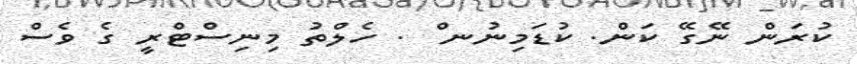
ކުރަން ނޭގޭ ކަން. ކުޑަމިނުނ ް . ހެލްތު މިނިސްޓްރީ ގެ ވެސް